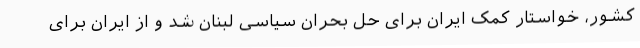
کشور، خواستار کمک ایران برای حل بحران سیاسی لبنان شد و از ایران برای